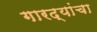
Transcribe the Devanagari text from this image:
गारद्यांचा